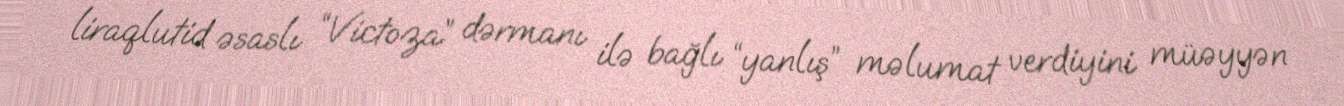
liraqlutid əsaslı “Victoza” dərmanı ilə bağlı “yanlış” məlumat verdiyini müəyyən